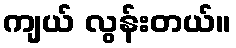
ကျယ် လွန်းတယ်။